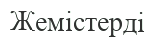
Жемістерді